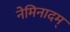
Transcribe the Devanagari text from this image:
नेमिनादम्